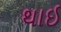
થાઈ